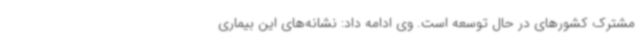
مشترک کشورهای در حال توسعه است. وی ادامه داد: نشانه‌های این بیماری